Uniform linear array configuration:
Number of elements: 8
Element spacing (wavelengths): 0.75
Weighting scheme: exponential
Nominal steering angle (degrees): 60
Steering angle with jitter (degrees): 58.998
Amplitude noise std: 0.05
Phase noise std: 0.05

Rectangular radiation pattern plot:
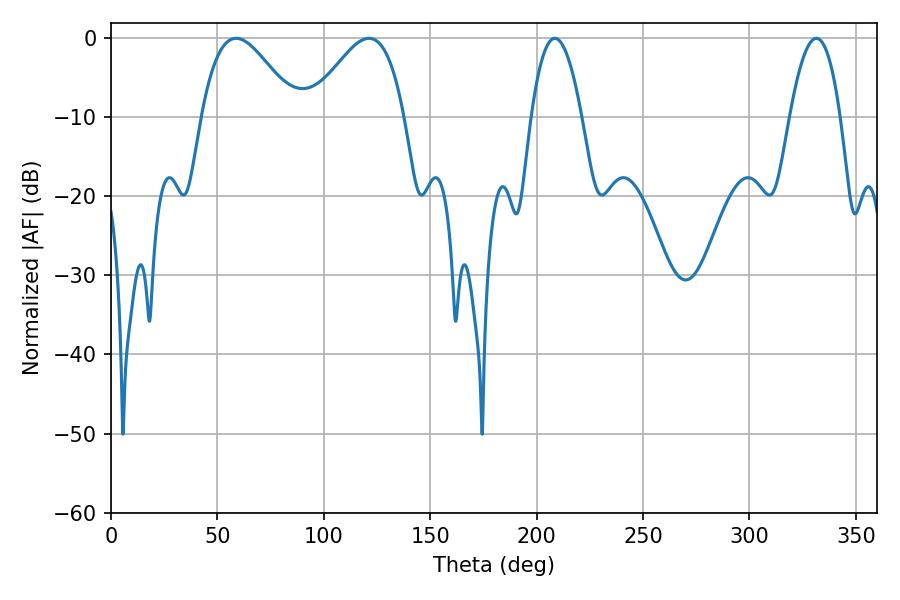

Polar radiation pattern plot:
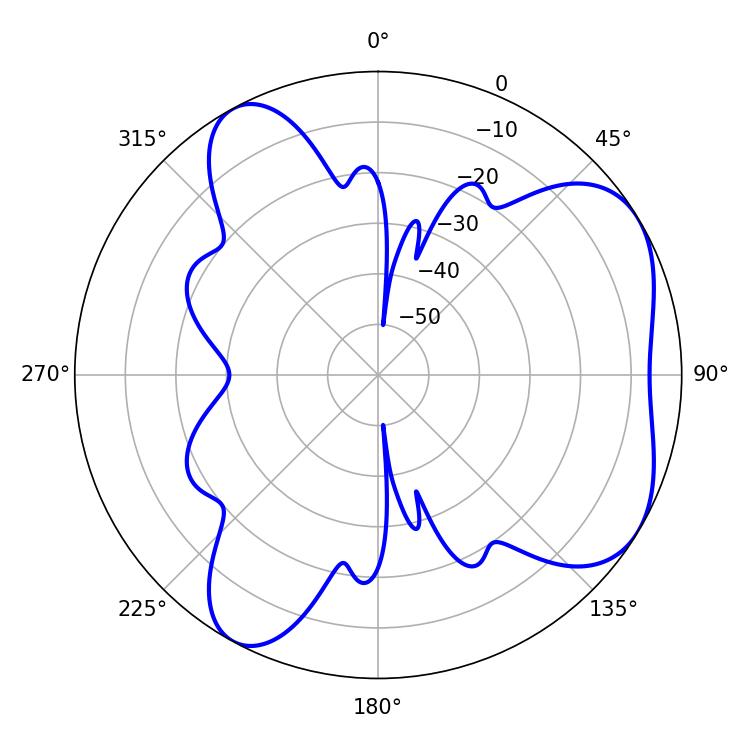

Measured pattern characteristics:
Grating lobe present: TRUE
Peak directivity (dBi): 5.445
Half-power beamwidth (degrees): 23.94
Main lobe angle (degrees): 58.86